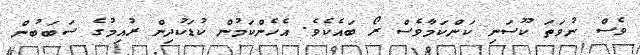
ވެސް ނުވަތަ ކޫސަނި ކަންކަމާވެސް ރޯ ބައެކެވެ. އެހެންކަމުން ކުޑަކުދިން ރުއިމުގެ ސަބަބުން